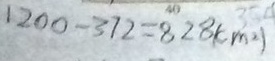
1 2 0 0 - 3 7 2 = 8 2 8 ( c m ^ { 2 } )